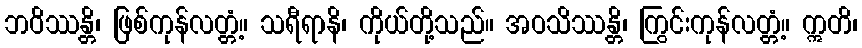
ဘဝိဿန္တိ၊ ဖြစ်ကုန်လတ္တံ့။ သရီရာနိ၊ ကိုယ်တို့သည်။ အဝသိဿန္တိ၊ ကြွင်းကုန်လတ္တံ့။ ဣတိ၊